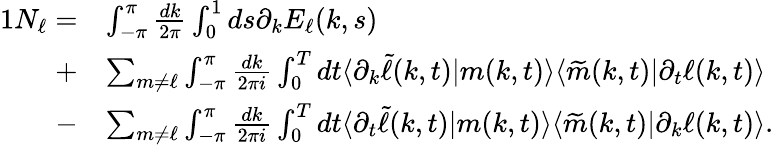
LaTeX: \begin{array}{rl}{{1}N_{\ell}=}&{\int_{-\pi}^{\pi}\frac{dk}{2\pi}\int_{0}^{1}ds\partial_{k}E_{\ell}(k,s)}\\ {+}&{\sum_{m\neq\ell}\int_{-\pi}^{\pi}\frac{dk}{2\pi i}\int_{0}^{T}dt\langle\partial_{k}\widetilde{\ell}(k,t)|m(k,t)\rangle\langle\widetilde{m}(k,t)|\partial_{t}\ell(k,t)\rangle}\\ {-}&{\sum_{m\neq\ell}\int_{-\pi}^{\pi}\frac{dk}{2\pi i}\int_{0}^{T}dt\langle\partial_{t}\widetilde{\ell}(k,t)|m(k,t)\rangle\langle\widetilde{m}(k,t)|\partial_{k}\ell(k,t)\rangle.}\end{array}